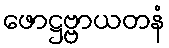
ဖောဋ္ဌဗ္ဗာယတနံ